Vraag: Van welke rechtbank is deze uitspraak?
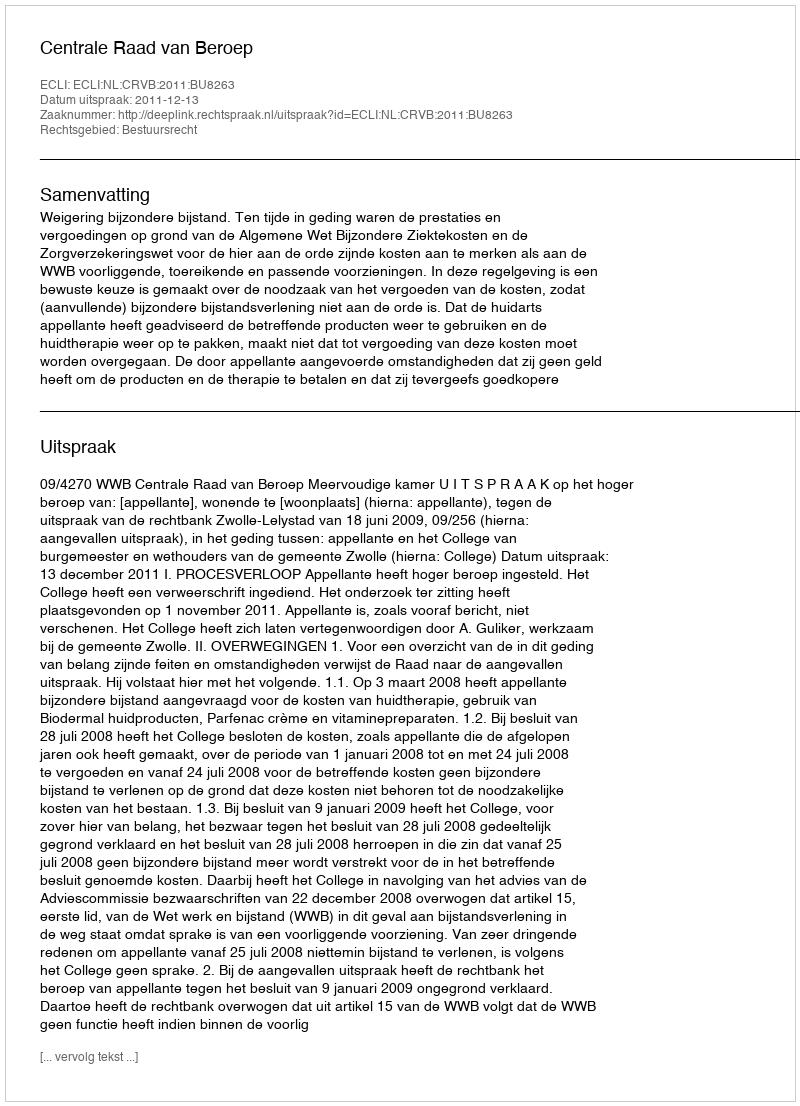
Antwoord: Centrale Raad van Beroep